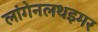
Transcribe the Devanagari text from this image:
लांगेनलथइमर